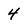
Character: 4